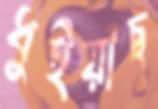
ধুইয়াছ